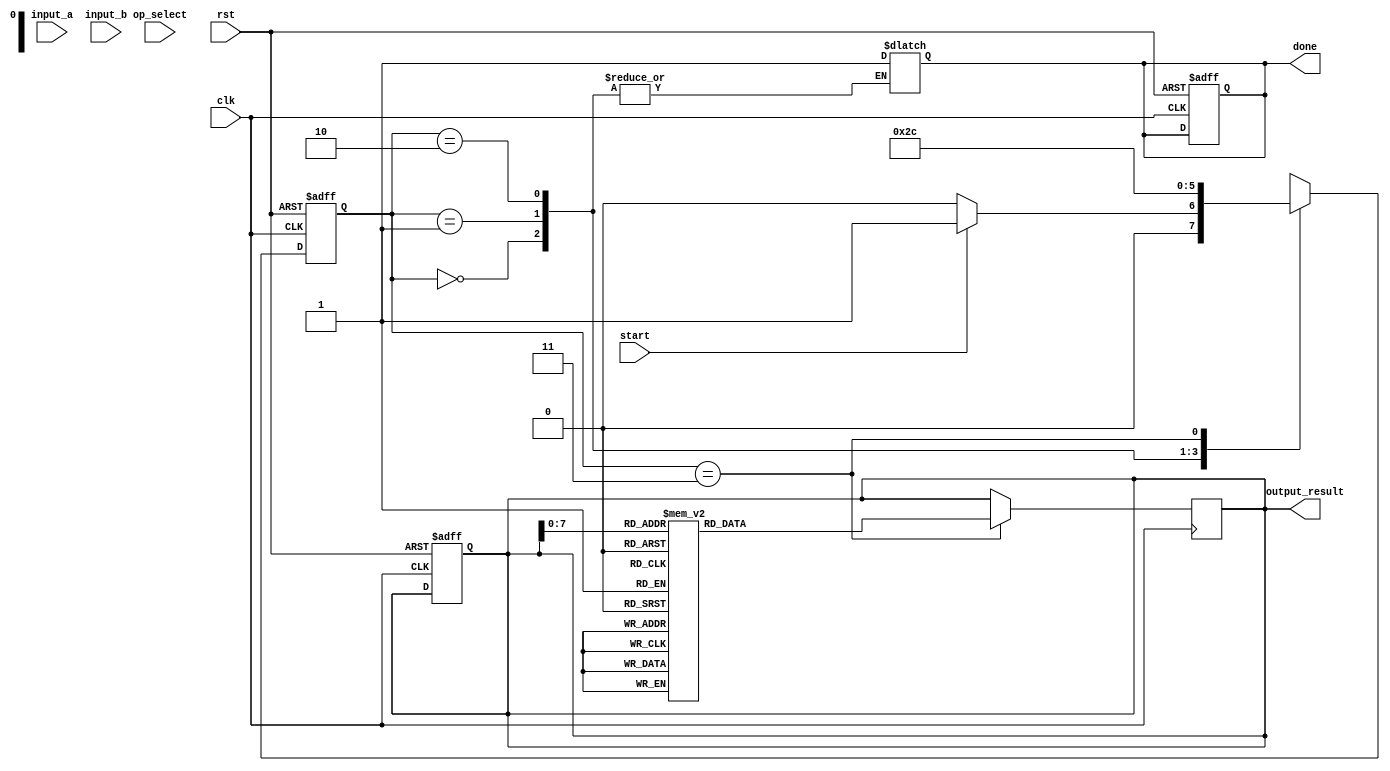
module Logarithm_DSPU (
    input wire clk,
    input wire rst,
    input wire [15:0] input_a,   // Input signal A
    input wire [15:0] input_b,   // Input signal B
    input wire start,             // Start signal for operation
    input wire op_select,         // 0 for multiplication, 1 for division
    output reg [15:0] output_result, // Result of the operation
    output reg done               // Operation done signal
);

    // Logarithm and Exponential Lookup Tables (example values)
    reg [15:0] log_table [0:255]; // Logarithm LUT
    reg [15:0] exp_table [0:255]; // Exponential LUT

    initial begin
        // Initialize the log_table and exp_table with example values
        // These should contain actual logarithmic values and their exponentials
        // For example, log_table[0] = 0, log_table[1] = 0, ... log_table[255] = log(255)
        // Similarly for exp_table
    end

    // Control logic state definitions
    reg [1:0] state, next_state;
    localparam IDLE = 2'b00,
               LOG_A = 2'b01,
               LOG_B = 2'b10,
               CALC = 2'b11;

    // Internal signals
    reg [15:0] log_a, log_b;

    // State machine for control
    always @(posedge clk or posedge rst) begin
        if (rst) begin
            state <= IDLE;
            done <= 0;
            output_result <= 0;
        end else begin
            state <= next_state;
        end
    end

    // Next state logic
    always @(*) begin
        case (state)
            IDLE: begin
                if (start) next_state = LOG_A;
                else next_state = IDLE;
            end
            LOG_A: next_state = LOG_B;
            LOG_B: next_state = CALC;
            CALC: begin
                next_state = IDLE;
                done = 1; // Indicate that operation is done
            end
            default: next_state = IDLE;
        endcase
    end

    // State actions
    always @(posedge clk) begin
        case (state)
            LOG_A: begin
                log_a <= log_table[input_a]; // Get logarithm of input_a
            end
            LOG_B: begin
                log_b <= log_table[input_b]; // Get logarithm of input_b
            end
            CALC: begin
                if (op_select == 0) // Multiplication
                    output_result <= log_a + log_b; // Add in log domain
                else // Division
                    output_result <= log_a - log_b; // Subtract in log domain
                // Perform exponential conversion
                output_result <= exp_table[output_result]; // Get the result from exp table
            end
        endcase
    end

endmodule